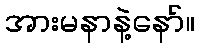
အားမနာနဲ့နော်။